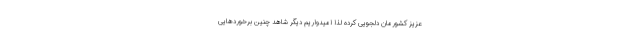
عزیز کشورمان دلجویی کرده لذا امیدواریم دیگر شاهد چنین برخوردهایی